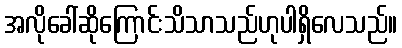
အလိုခေါ်ဆိုကြောင်းသိသာသည်ဟုပါရှိလေသည်။